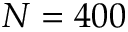
N = 4 0 0